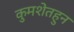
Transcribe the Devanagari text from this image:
कुमशेतहुन